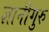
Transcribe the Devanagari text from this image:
ज्ञानीगुरु